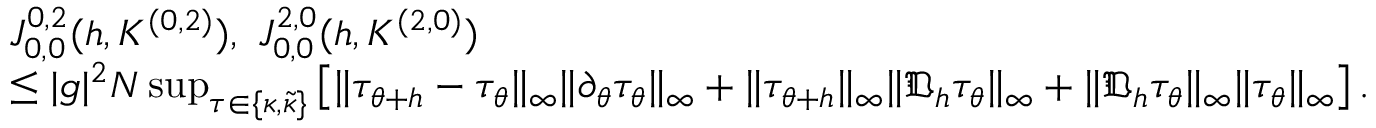
\begin{array} { r l } & { J _ { 0 , 0 } ^ { 0 , 2 } ( h , K ^ { ( 0 , 2 ) } ) , \ J _ { 0 , 0 } ^ { 2 , 0 } ( h , K ^ { ( 2 , 0 ) } ) } \\ & { \leq | g | ^ { 2 } N \operatorname* { s u p } _ { \tau \in \{ \kappa , \tilde { \kappa } \} } \left[ \| \tau _ { \theta + h } - \tau _ { \theta } \| _ { \infty } \| \partial _ { \theta } \tau _ { \theta } \| _ { \infty } + \| \tau _ { \theta + h } \| _ { \infty } \| \mathfrak { D } _ { h } \tau _ { \theta } \| _ { \infty } + \| \mathfrak { D } _ { h } \tau _ { \theta } \| _ { \infty } \| \tau _ { \theta } \| _ { \infty } \right] . } \end{array}